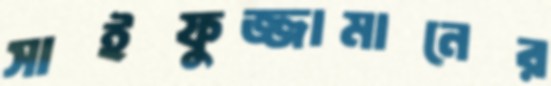
সাইফুজ্জামানের